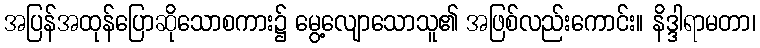
အပြန်အထုန်ပြောဆိုသောစကား၌ မွေ့လျောသောသူ၏ အဖြစ်လည်းကောင်း။ နိဒ္ဒါရာမတာ၊